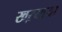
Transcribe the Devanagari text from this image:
खऱयाया